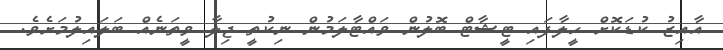
އާއިޒު ކުޑަކޮށް ހީލާފައި ޓީޝާޓް ބޮލުން ވައްޓާލަމުން ނިކުތީ ޖިލާ ވީތަނެއް ބަލައިލުމަށެވެ.